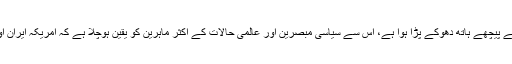
امریکہ جس طرح عراق اور افغانستان پر قبضے کے بعد ایران اور شام کے پیچھے ہاتھ دھوکے پڑا ہوا ہے، اِس سے سیاسی مبصرین اور عالمی حالات کے اکثر ماہرین کو یقین ہوچلا ہے کہ امریکہ ایران اور شام کے خلاف عسکری کارروائی کے لیے مکمل طور پر پُرعزم ہے۔